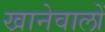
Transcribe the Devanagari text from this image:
खानेवालों